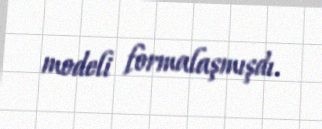
modeli formalaşmışdı.